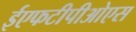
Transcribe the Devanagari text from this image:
ईएफटीपीओएस